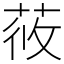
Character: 𦱿